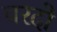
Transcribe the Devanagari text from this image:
वरदो